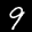
Label: 9